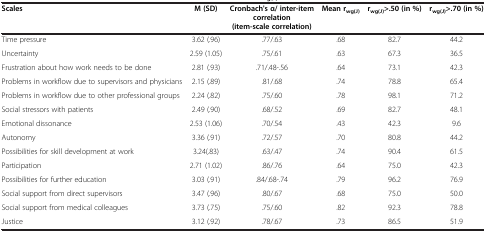
<table><thead><tr><td><b>Scales</b></td><td><b>M (SD)</b></td><td><b>Cronbach&#x27;s α/ inter-item correlation (item-scale correlation)</b></td><td><b>Mean r<sub>wg(J)</sub></b></td><td><b>r<sub>wg(J)</sub>&gt;.50 (in %)</b></td><td><b>r<sub>wg(J)</sub>&gt;.70 (in %)</b></td></tr></thead><tbody><tr><td>Time pressure</td><td>3.62 (.96)</td><td>.77/.63</td><td>.68</td><td>82.7</td><td>44.2</td></tr><tr><td>Uncertainty</td><td>2.59 (1.05)</td><td>.75/.61</td><td>.63</td><td>67.3</td><td>36.5</td></tr><tr><td>Frustration about how work needs to be done</td><td>2.81 (.93)</td><td>.71/.48-.56</td><td>.64</td><td>73.1</td><td>42.3</td></tr><tr><td>Problems in workflow due to supervisors and physicians</td><td>2.15 (.89)</td><td>.81/.68</td><td>.74</td><td>78.8</td><td>65.4</td></tr><tr><td>Problems in workflow due to other professional groups</td><td>2.24 (.82)</td><td>.75/.60</td><td>.78</td><td>98.1</td><td>71.2</td></tr><tr><td>Social stressors with patients</td><td>2.49 (.90)</td><td>.68/.52</td><td>.69</td><td>82.7</td><td>48.1</td></tr><tr><td>Emotional dissonance</td><td>2.53 (1.06)</td><td>.70/.54</td><td>.43</td><td>42.3</td><td>9.6</td></tr><tr><td>Autonomy</td><td>3.36 (.91)</td><td>.72/.57</td><td>.70</td><td>80.8</td><td>44.2</td></tr><tr><td>Possibilities for skill development at work</td><td>3.24(.83)</td><td>.63/.47</td><td>.74</td><td>90.4</td><td>61.5</td></tr><tr><td>Participation</td><td>2.71 (1.02)</td><td>.86/.76</td><td>.64</td><td>75.0</td><td>42.3</td></tr><tr><td>Possibilities for further education</td><td>3.03 (.91)</td><td>.84/.68-.74</td><td>.79</td><td>96.2</td><td>76.9</td></tr><tr><td>Social support from direct supervisors</td><td>3.47 (.96)</td><td>.80/.67</td><td>.68</td><td>75.0</td><td>50.0</td></tr><tr><td>Social support from medical colleagues</td><td>3.73 (.75)</td><td>.75/.60</td><td>.82</td><td>92.3</td><td>78.8</td></tr><tr><td>Justice</td><td>3.12 (.92)</td><td>.78/.67</td><td>.73</td><td>86.5</td><td>51.9</td></tr></tbody></table>